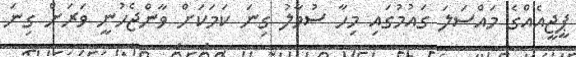
ޕީޖީއެއްގެ މައްސަލަ ގައުމުގައި މިހާ ސުވާލު ގިނަ ކަމަކަށް ވާންޖެހުނީ ވަރަށް ގިނަ